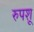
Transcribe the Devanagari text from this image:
रुपशू